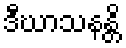
ဒီဃာသနန္တိ